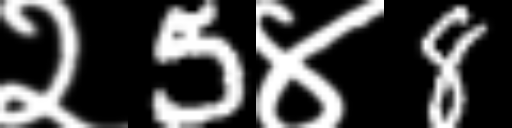
Text: २5४8